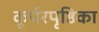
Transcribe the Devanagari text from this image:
कूर्परपृष्ठिका